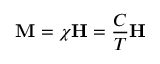
\mathbf { M } = \chi \mathbf { H } = { \frac { C } { T } } \mathbf { H }